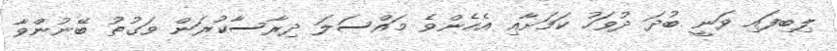
ލިބިފައި ވަނީ ބުދަ ދުވަހު ކަމަށާއި އެހެންވެ މައްސަލަ ދިރާސާކުރަން ވަގުތު ބޭނުންވާ